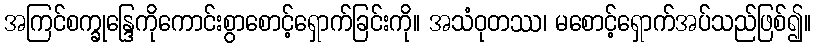
အကြင်စက္ခုန္ဒြေကိုကောင်းစွာစောင့်ရှောက်ခြင်းကို။ အသံဝုတဿ၊ မစောင့်ရှောက်အပ်သည်ဖြစ်၍။